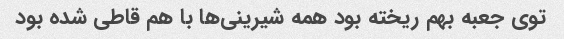
توی جعبه بهم ریخته بود همه شیرینی‌ها با هم قاطی شده بود